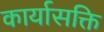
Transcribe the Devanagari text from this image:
कार्यासक्ति